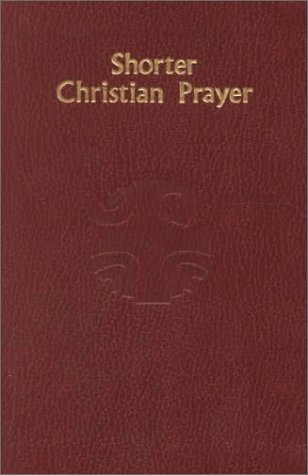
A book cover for Shorter Christian Prayer: The Four-Week Psalter of the Liturgy of the Hours Containing Morning Prayer and Evening Prayer; Catholic Church; Christian Books & Bibles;